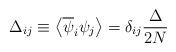
LaTeX: \begin{align*} \Delta_{ij}\equiv\left\langle\overline{\psi}_{i}\psi_{j}\right\rangle=\delta_{ij}\frac{\Delta}{2N}\end{align*}